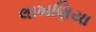
લાખણિયા